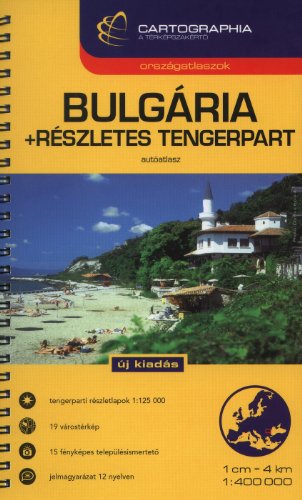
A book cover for Bulgaria Atlas W/Coastal Detail (Country Atlas); Cartographia Kft; Travel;